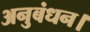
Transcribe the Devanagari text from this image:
अनुबंधन।